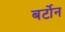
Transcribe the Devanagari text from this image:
बर्टोन